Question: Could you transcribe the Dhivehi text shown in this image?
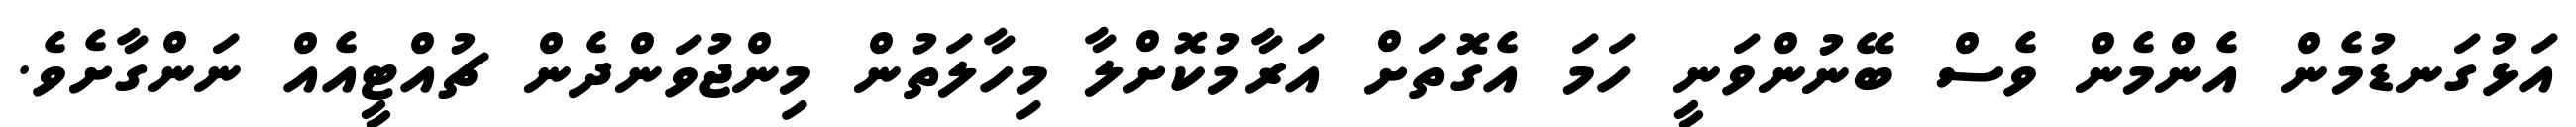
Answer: އަޅުގަނޑުމެން އެންމެން ވެސް ބޭނުންވަނީ ހަމަ އެގޮތަށް އަރާމުކޮށްލާ މިހާލަތުން މިންޖުވަންދެން ޗުއްޓީއެއް ނަންގާށެވެ.